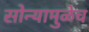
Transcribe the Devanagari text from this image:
सोन्यामुळेच